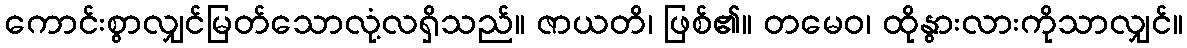
ကောင်းစွာလျှင်မြတ်သောလုံ့လရှိသည်။ ဇာယတိ၊ ဖြစ်၏။ တမေဝ၊ ထိုနွားလားကိုသာလျှင်။